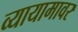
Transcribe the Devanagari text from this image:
व्यायामावर